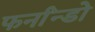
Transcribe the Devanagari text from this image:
फर्नांन्डो